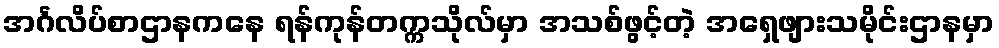
အင်္ဂလိပ်စာဌာနကနေ ရန်ကုန်တက္ကသိုလ်မှာ အသစ်ဖွင့်တဲ့ အရှေဖျားသမိုင်းဌာနမှာ